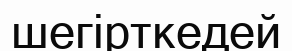
шегірткедей